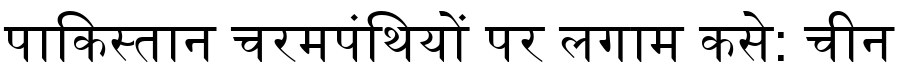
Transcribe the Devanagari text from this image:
पाकिस्तान चरमपंथियों पर लगाम कसे: चीन